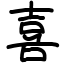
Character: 喜